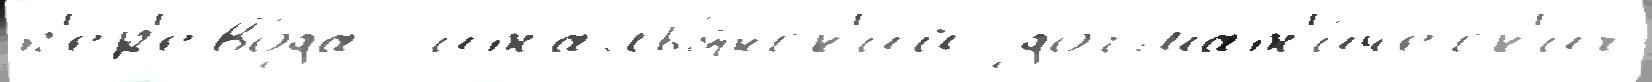
п'ер'ево́да  италья́нск'ий догмат'и́ческ'их